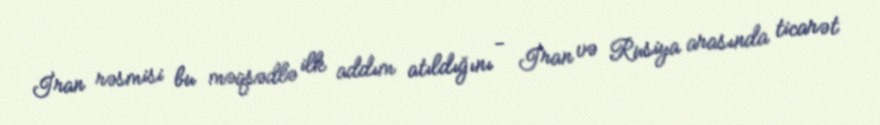
İran rəsmisi bu məqsədlə ilk addım atıldığını - İran və Rusiya arasında ticarət